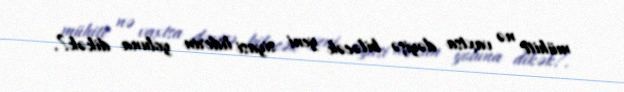
mühiti nə vaxtsa dəyişə biləcək yeni siyasi liderin yoluna dikək?.